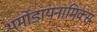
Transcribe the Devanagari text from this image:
थर्मोडायनामिक्‍स